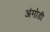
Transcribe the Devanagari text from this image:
अंगोडी